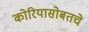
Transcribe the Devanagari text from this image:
कोरियासोबतचे